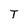
Character: T